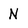
Character: N